Regulations for the medical services of the Army of India
Year: 1930
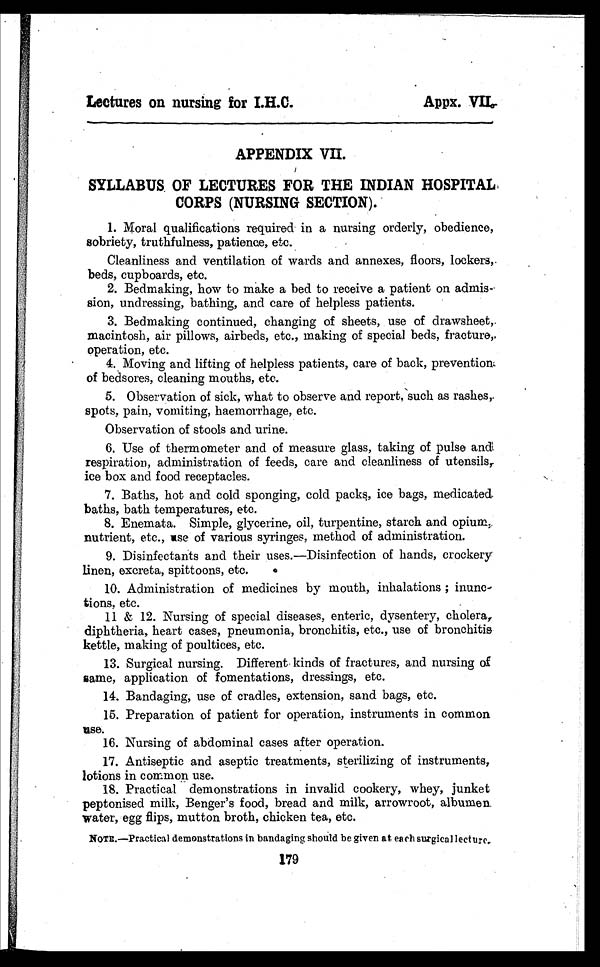
Lectures on nursing for I.H.C.
Appx.VII.
APPENDIX VII.
SYLLABUS. OF LECTURES FOR THE INDIAN HOSPITAL.
CORPS (NURSING SECTION) .
1. Moral qualifications required in a nursing orderly, obedience,
sobriety, truthfulness, patience, etc.
Cleanliness and ventilation of wards and annexes, floors, lockers,.
beds, cupboards, etc.
2. Bedmaking, how to make a bed to receive a patient on admis-
sion, undressing, bathing, and care of helpless patients.
3. Bedmaking continued, changing of sheets, use of drawsheet,.
macintosh, air pillows, airbeds, etc., making of special beds, fracture,
operation, etc.
4. Moving and lifting of helpless patients, care of back, prevention.
of bedsores, cleaning mouths, etc.
5. Observation of sick, what to observe and report, such as rashes,.
spots, pain, vomiting, haemorrhage, etc.
Observation of stools and urine.
6. Use of thermometer and of measure glass, taking of pulse and
respiration, administration of feeds, care and cleanliness of utensils,.
ice box and food receptacles.
7. Baths, hot and cold sponging, cold packs, ice bags, medicated
baths, bath temperatures, etc.
8. Enemata. Simple, glycerine, oil, turpentine, starch and opium,.
nutrient, etc., use of various syringes, method of administration.
9. Disinfectants and their uses.—Disinfection of hands, crockery
linen, excreta, spittoons, etc.
10.Administration of medicines by mouth, inhalations ; inunc-
tions, etc.
11 & 12. Nursing of special diseases, enteric, dysentery, cholera,
diphtheria, heart cases, pneumonia, bronchitis, etc., use of bronchitis
kettle, making of poultices, etc.
13.Surgical nursing. Different kinds of fractures, and nursing of
same, application of fomentations, dressings, etc.
14.Bandaging, use of cradles, extension, sand bags, etc.
15.Preparation of patient for operation, instruments in common
use.
16.Nursing of abdominal cases after operation.
17.Antiseptic and aseptic treatments, sterilizing of instruments,
lotions in common use.
18.Practical demonstrations in invalid cookery, whey, junket
peptonised milk, Benger's food, bread and milk, arrowroot, albumen
water, egg flips, mutton broth, chicken tea, etc.
NOTE.—Practical demonstrations in bandaging should be given at each surgicallecture.
179